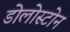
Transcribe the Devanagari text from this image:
डोलोस्टोन